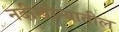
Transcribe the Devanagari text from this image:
नदीखोऱ्यातील